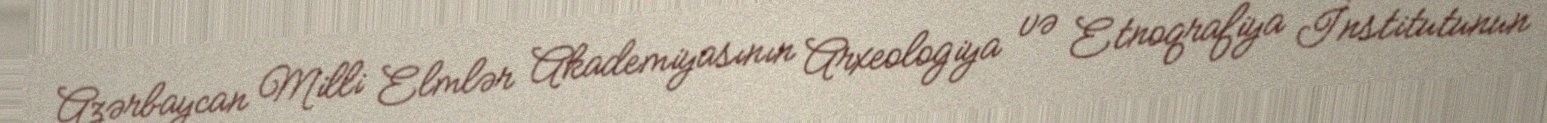
Azərbaycan Milli Elmlər Akademiyasının Arxeologiya və Etnoqrafiya İnstitutunun